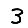
Digit: 3